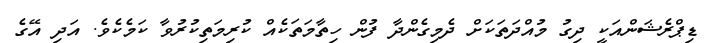
ޑިޕްރެޝަންއަކީ ދިގު މުއްދަތަކަށް ދެމިގެންދާ ފުން ހިތާމަތަކެއް ކުރިމަތިކުރުވާ ކަމެކެވެ. އަދި އޭގެ